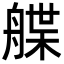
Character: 艓